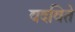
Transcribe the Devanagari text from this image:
वदविते